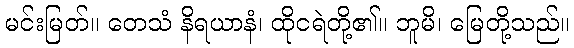
မင်းမြတ်။ တေသံ နိရယာနံ၊ ထိုငရဲတို့၏။ ဘူမိ၊ မြေတို့သည်။